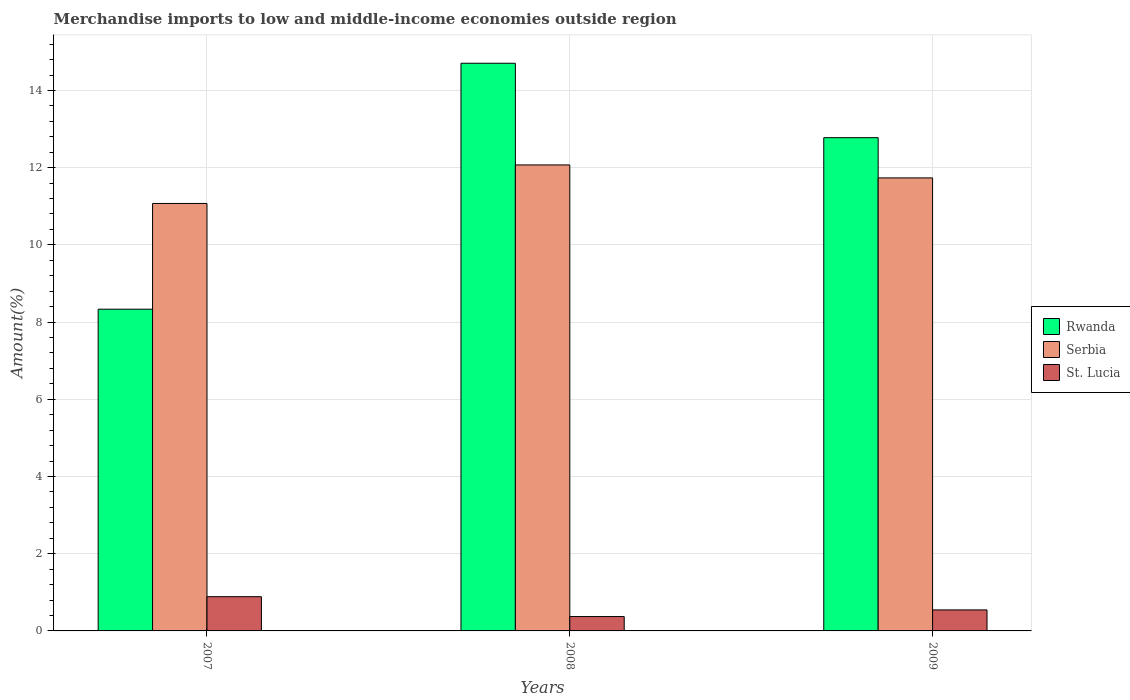
| Years | Rwanda | Serbia | St. Lucia |
 | --- | --- | --- | --- |
 | 2007 | 8.33 | 11.1 | 0.887 |
 | 2008 | 14.7 | 12.1 | 0.372 |
 | 2009 | 12.8 | 11.7 | 0.544 |